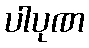
ပါပုဏ